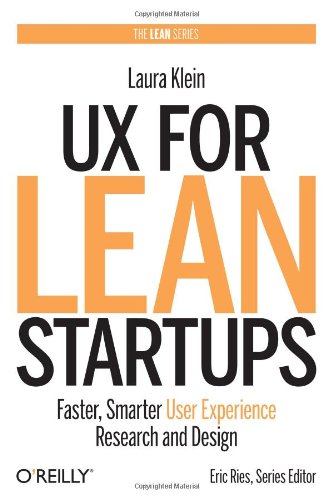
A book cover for UX for Lean Startups: Faster, Smarter User Experience Research and Design; Laura Klein; Arts & Photography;